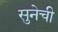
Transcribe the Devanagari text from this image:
सुनेची